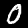
Digit: 0